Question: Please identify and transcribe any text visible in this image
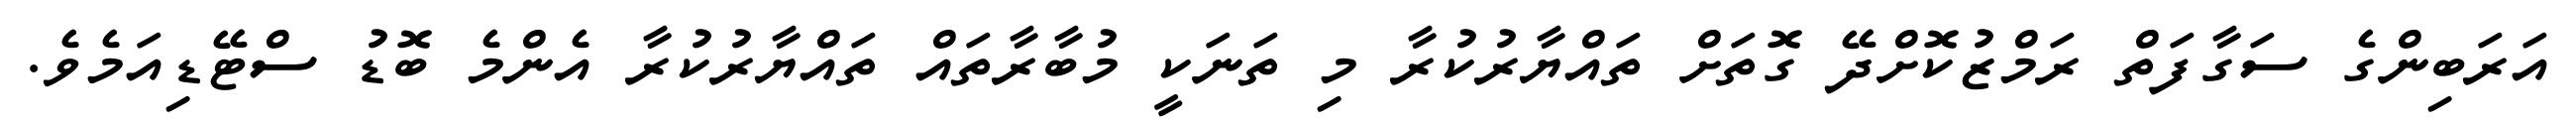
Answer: އަރަބިންގެ ސަގާފަތް ރަމްޒުކޮށްދޭ ގޮތަށް ތައްޔާރުކުރާ މި ތަނަކީ މުބާރާތައް ތައްޔާރުކުރާ އެންމެ ބޮޑު ސްޓޭޑިއަމެވެ.